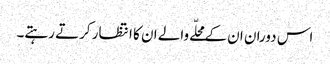
اس دوران ان کے محلّے والے ان کا انتظار کرتے رہتے۔